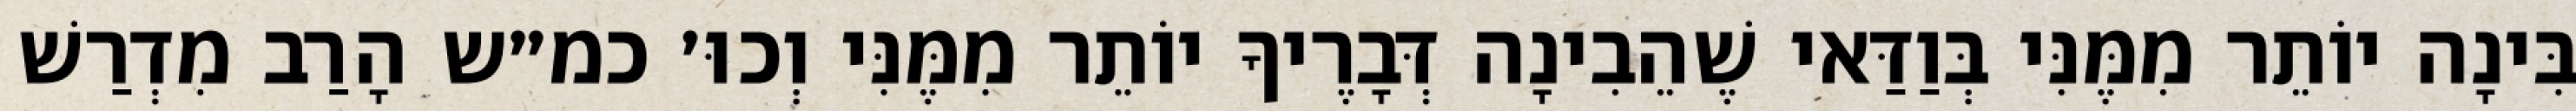
בִּינָה יוֹתֵר מִמֶּנִּי בְּוַדַּאי שֶׁהֵבִינָה דְּבָרֶיךָ יוֹתֵר מִמֶּנִּי וְכוּ׳ כמ״ש הָרַב מִדְרַשׁ